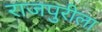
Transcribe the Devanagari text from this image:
राजपुरीला